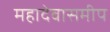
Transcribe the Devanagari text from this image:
महादेवासमीप